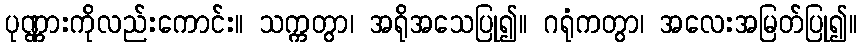
ပုဏ္ဏားကိုလည်းကောင်း။ သက္ကတွာ၊ အရိုအသေပြု၍။ ဂရုံကတွာ၊ အလေးအမြတ်ပြု၍။